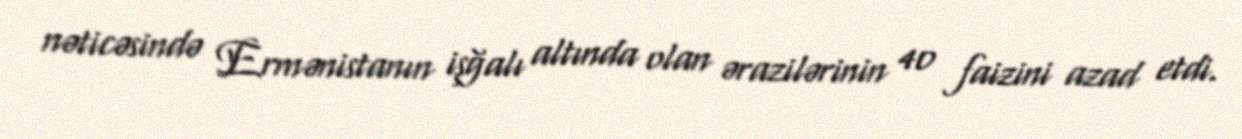
nəticəsində Ermənistanın işğalı altında olan ərazilərinin 40 faizini azad etdi.